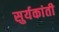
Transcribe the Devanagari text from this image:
सुर्यकांती